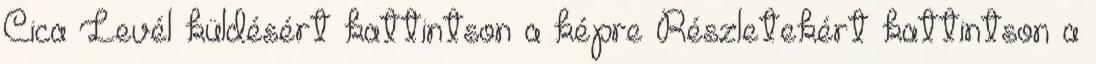
Cica Levél küldésért kattintson a képre Részletekért kattintson a